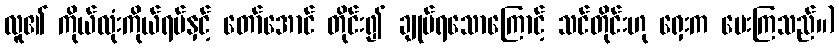
လူ၏ ကိုယ်လုံးကိုယ်ရပ်နှင့် တော်အောင် တိုင်း၍ ချုပ်ရသောကြောင့် သင်တိုင်းဟု ရှေးက ပေးကြသည်။)